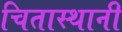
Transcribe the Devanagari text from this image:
चितास्थानी